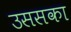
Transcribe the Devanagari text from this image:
उससका